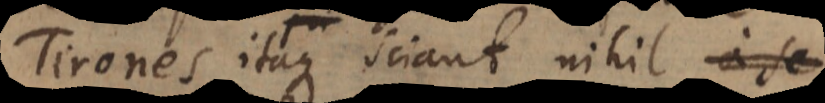
Tirones itaque sciant nihil ab il